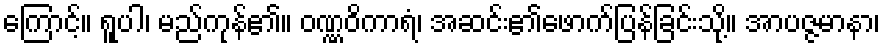
ကြောင့်။ ရူပါ၊ မည်ကုန်၏။ ဝဏ္ဏဝိကာရံ၊ အဆင်း၏ဖောက်ပြန်ခြင်းသို့။ အာပဇ္ဇမာနာ၊